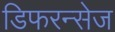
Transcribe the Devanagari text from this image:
डिफरन्सेज